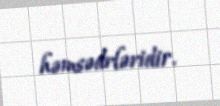
həmsədrləridir.